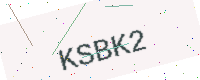
Text: KSBK2